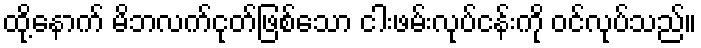
ထို့နောက် မိဘလက်ငုတ်ဖြစ်သော ငါးဖမ်းလုပ်ငန်းကို ဝင်လုပ်သည်။